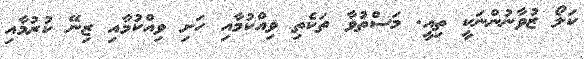
ކަލޯ ޒުވާނުންނަކީ ތިއީ. މަސްތުވާ ތަކެތި ވިއްކުމާއި ހަށި ވިއްކުމާއި ޒިނޭ ކުރުމާއި